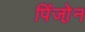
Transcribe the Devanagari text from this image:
पिंजो़न